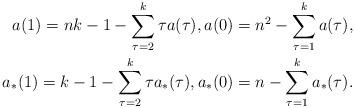
LaTeX: \begin{align*}a(1)=nk-1-\sum_{\tau=2}^k\tau a(\tau),a(0)=n^2-\sum_{\tau=1}^ka(\tau),\\a_*(1)=k-1-\sum_{\tau=2}^k\tau a_*(\tau),a_*(0)=n-\sum_{\tau=1}^ka_*(\tau).\end{align*}